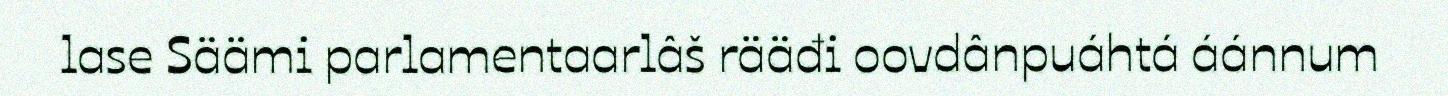
lase Säämi parlamentaarlâš rääđi oovdânpuáhtá áánnum